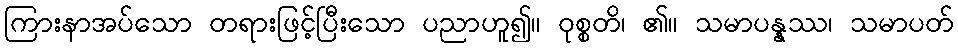
ကြားနာအပ်သော တရားဖြင့်ပြီးသော ပညာဟူ၍။ ဝုစ္စတိ၊ ၏။ သမာပန္နဿ၊ သမာပတ်